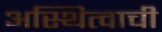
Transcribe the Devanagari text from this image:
अस्थित्वाची